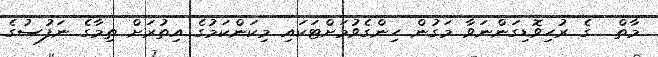
މާތް  ގެ ރުހިވޮޑިގަންނަވާ މަގުން ހިންގެވުމަށްޓަކައި މިކަންކަމުގެ އިތުރަށް ތިމާގެ ނަފުސުގެ